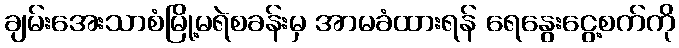
ချမ်းအေးသာစံမြို့မရဲစခန်းမှ အာမခံထားရန် ရေနွေးငွေ့စက်ကို